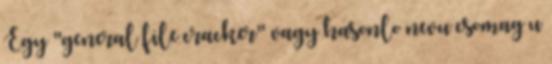
Egy "general file cracker" vagy hasonlo nevu csomag u